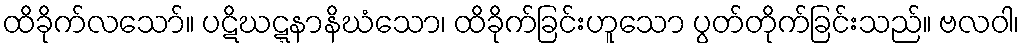
ထိခိုက်လသော်။ ပဋိဃဋ္ဋနာနိဃံသော၊ ထိခိုက်ခြင်းဟူသော ပွတ်တိုက်ခြင်းသည်။ ဗလဝါ၊